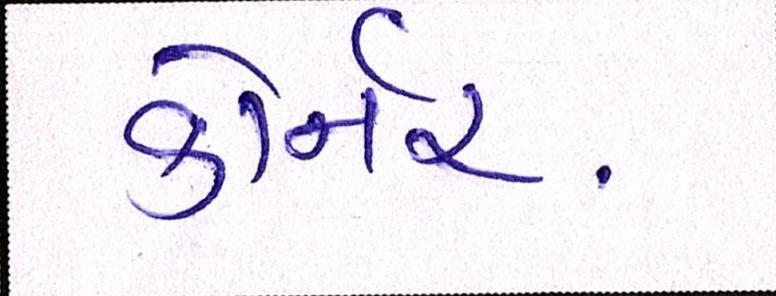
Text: કોર્નર